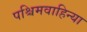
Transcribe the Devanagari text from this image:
पश्चिमवाहिन्या